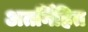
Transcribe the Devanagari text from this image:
अतर्निहित